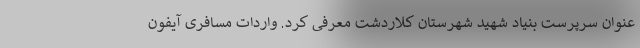
عنوان سرپرست بنیاد شهید شهرستان کلاردشت معرفی کرد. واردات مسافری آیفون